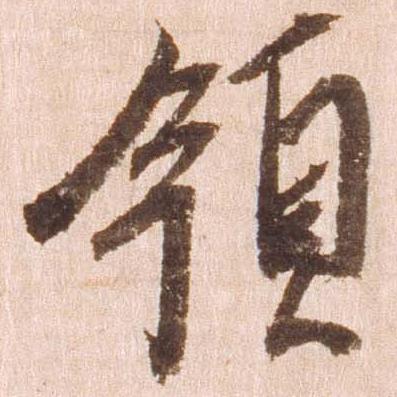
領